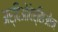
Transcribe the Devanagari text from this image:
अर्दिओवेर्सिओन